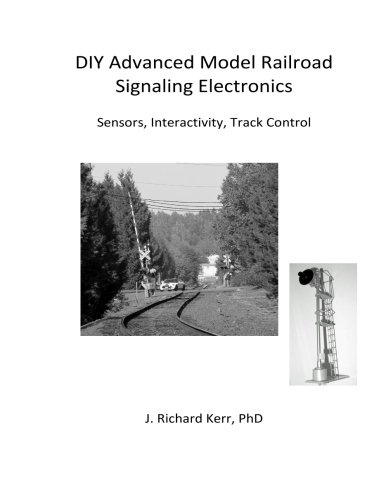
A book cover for DIY Advanced Model Railroad Signaling Electronics: Sensors, Interactivity, Track Control; J. Richard Kerr PhD; Crafts, Hobbies & Home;